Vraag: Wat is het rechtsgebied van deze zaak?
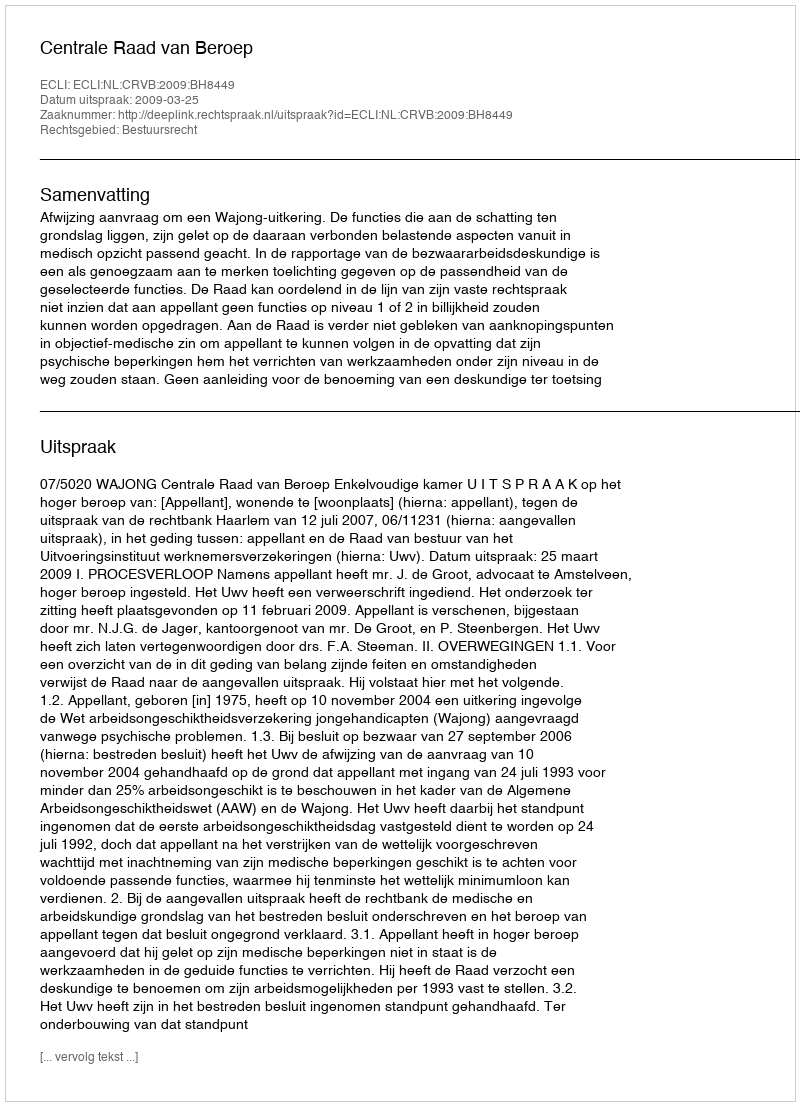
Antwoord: Bestuursrecht